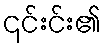
၎င်းင်း၏